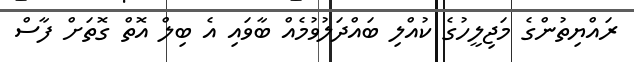
ރައްޔިތުންގެ މަޖިލީހުގެ ކުއްލި ބައްދަލުވުމެއް ބާވައި އެ ބިލް އޮތް ގޮތަށް ފާސް